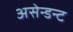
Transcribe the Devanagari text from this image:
असेन्डन्ट